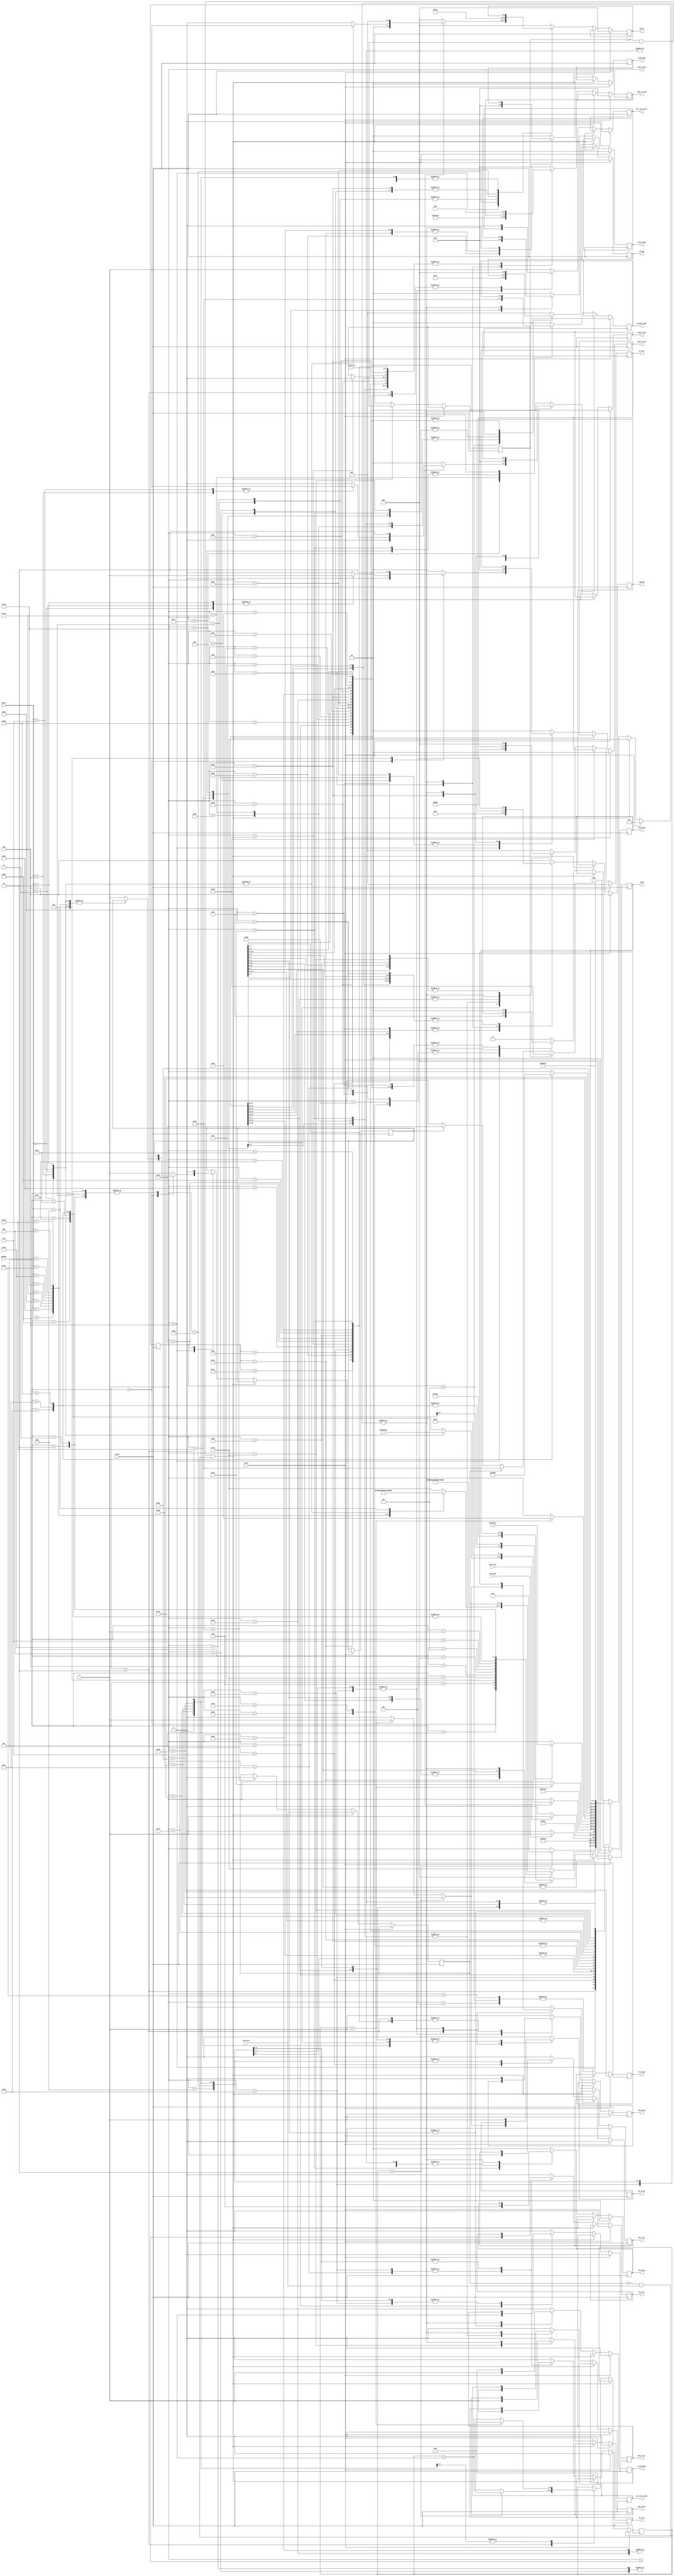
module controle (next_state, clock, reset, div_zero, overflow, mult_ctrl, div_ctrl, ir_write, reg_write, alu_out_write, write_mem, epc_write, pc_write, pc_write_cond, hi_ctrl, lo_ctrl, load_type, store_type, branch_type, alu_srca, alu_srcb, shift_srca, shift_srcb, alu_op, iord, pc_src, reg_dst, shift, mem_to_reg, mult_end, div_end, funct, opcode);

  input wire clock;
  input wire reset;
  input wire div_zero;
  input wire overflow;
  input wire mult_end;
  input wire div_end;

  input wire [5:0] funct;
  input wire [5:0] opcode;

  output reg mult_ctrl;
  output reg div_ctrl;
  output reg ir_write;
  output reg reg_write;
  output reg alu_out_write;
  output reg write_mem;
  output reg epc_write;
  output reg pc_write;
  output reg pc_write_cond;
  output reg hi_ctrl;
  output reg lo_ctrl;

  output reg [1:0] load_type;
  output reg [1:0] store_type;
  output reg [1:0] branch_type;
  output reg [1:0] alu_srca;
  output reg [1:0] alu_srcb;
  output reg [1:0] shift_srca;
  output reg [1:0] shift_srcb;

  output reg [2:0] alu_op;
  output reg [2:0] iord;
  output reg [2:0] pc_src;
  output reg [2:0] reg_dst;
  output reg [2:0] shift;

  output reg [3:0] mem_to_reg;

  reg opcode_inex;

  reg overflow_ctrl;
  reg div_zero_ctrl;
  reg [5:0] wait_counter;
  output reg [5:0] next_state;

  //next_state
  parameter RESET = 6'h0;
  parameter FETCH = 6'h1;
  parameter FETCH_WAIT = 6'h2;
  parameter DECODE = 6'h4;

  parameter ADD = 6'h5;
  parameter AND = 6'h6;
  parameter DIV = 6'h7;
  parameter MULT = 6'h8;
  parameter JR = 6'h9;
  parameter MFHI = 6'hA;
  parameter MFLO = 6'hB;
  parameter SLL = 6'hC;
  parameter SLLV = 6'hD;
  parameter SLT = 6'hE;
  parameter SRA = 6'hF;
  parameter SRAV = 6'h10;
  parameter SRL = 6'h11;
  parameter SUB = 6'h12;
  parameter BREAK = 6'h13;
  parameter RTE = 6'h14;

  parameter ADDI = 6'h15;
  parameter ADDIU = 6'h16;
  parameter BEQ = 6'h17;
  parameter BNE = 6'h18;
  parameter BLE = 6'h19;
  parameter BGT = 6'h1A;
  parameter BEQM = 6'h1B;
  parameter LB = 6'h1C;
  parameter LH = 6'h1D;
  parameter LUI = 6'h1E;
  parameter LW = 6'h1F;
  parameter SB = 6'h20;
  parameter SH = 6'h21;
  parameter SLTI = 6'h22;
  parameter SW = 6'h23;
  parameter J = 6'h24;
  parameter JAL = 6'h25;

  parameter ALU_EXECUTE = 6'h26;
  parameter IMEDIATE_END = 6'h27;
  parameter DIV_WAIT = 6'h28;
  parameter DIV_END = 6'h29;
  parameter MULT_WAIT = 6'h2A;
  parameter MULT_END = 6'h2B;
  parameter SHIFT_END = 6'h2C;
  parameter SLT_2 = 6'h2D;
  parameter SLTI_2 = 6'h2E;
  parameter BEQM_WAIT = 6'h2F;
  parameter BEQM_END = 6'h30;
  parameter LOAD_WAIT = 6'h31;
  parameter LOAD_END = 6'h32;
  parameter STORE_WAIT = 6'h33;
  parameter EXCEPTION = 6'h34;
  parameter OVERFLOW = 6'h35;
  parameter DIV_ZERO = 6'h36;
  parameter OPCODE_INEX = 6'h37;
  parameter EXCEPTION_WAIT = 6'h38;
  parameter EXCEPTION_END = 6'h39;
  parameter SHIFT_INIT = 6'h3A;
  parameter LOAD_STORE_INIT = 6'h3B;
  parameter LOAD_BEFORE_STORE = 6'h3C;
  parameter LOAD_BEFORE_STORE_WAIT = 6'h3D;
  parameter LUI_END = 6'h3E;

  //OPCODE
  parameter OPCODE_R = 6'h0;
  parameter OPCODE_ADDI = 6'h8;
  parameter OPCODE_ADDIU = 6'h9;
  parameter OPCODE_BEQ = 6'h4;
  parameter OPCODE_BNE = 6'h5;
  parameter OPCODE_BLE = 6'h6;
  parameter OPCODE_BGT = 6'h7;
  parameter OPCODE_BEQM = 6'h1;
  parameter OPCODE_LB = 6'h20;
  parameter OPCODE_LH = 6'h21;
  parameter OPCODE_LUI = 6'hf;
  parameter OPCODE_LW = 6'h23;
  parameter OPCODE_SB = 6'h28;
  parameter OPCODE_SH = 6'h29;
  parameter OPCODE_SLTI = 6'ha;
  parameter OPCODE_SW = 6'h2b;
  parameter OPCODE_J = 6'h2;
  parameter OPCODE_JAL = 6'h3;

  //FUNCT
  parameter FUNCT_ADD = 6'h20;
  parameter FUNCT_AND = 6'h24;
  parameter FUNCT_DIV = 6'h1a;
  parameter FUNCT_MULT = 6'h18;
  parameter FUNCT_JR = 6'h8;
  parameter FUNCT_MFHI = 6'h10;
  parameter FUNCT_MFLO = 6'h12;
  parameter FUNCT_SLL = 6'h0;
  parameter FUNCT_SLLV = 6'h4;
  parameter FUNCT_SLT = 6'h2a;
  parameter FUNCT_SRA = 6'h3;
  parameter FUNCT_SRAV = 6'h7;
  parameter FUNCT_SRL = 6'h2;
  parameter FUNCT_SUB = 6'h22;
  parameter FUNCT_BREAK = 6'hd;
  parameter FUNCT_RTE = 6'h13;

  always @ (posedge clock)
    begin: control
      if (reset == 1'b1) begin
        iord <= 1'b0;
        write_mem <= 1'b0;
        ir_write <= 1'b0;
        alu_srca <= 2'b00;
        alu_srcb <= 2'b00;
        alu_op <= 3'b000;
        pc_src <= 3'b001;

        pc_write <= 1'b0;
        mult_ctrl <= 1'b0;
        div_ctrl <= 1'b0;
        reg_write <= 1'b0;
        epc_write <= 1'b0;
        pc_write_cond <= 1'b0;
        hi_ctrl <= 1'b0;
        lo_ctrl <= 1'b0;
        load_type <= 2'b0;
        store_type <= 2'b0;
        branch_type <= 2'b0;
        shift_srca <= 2'b0;
        shift_srcb <= 2'b0;
        reg_dst <= 3'b0;
        shift <= 3'b0;
        mem_to_reg <= 4'b0;
        alu_out_write <=1'b0;
        
        reg_dst <= 3'b100;
        mem_to_reg <= 4'b0110;
        reg_write <= 1'b1;
        next_state <= FETCH;
      end
      else if (overflow_ctrl == 1'b0 && overflow == 1'b1 || div_zero_ctrl == 1'b0 && div_zero == 1'b1) begin
        div_zero_ctrl <= div_zero;
        overflow_ctrl <= overflow;
        next_state <= EXCEPTION;
      end 
      else begin
         case (next_state)

        FETCH: begin
          iord <= 1'b0;
          write_mem <= 1'b0;
          ir_write <= 1'b0;
          alu_srca <= 2'b00;
          alu_srcb <= 2'b01;
          alu_op <= 3'b001;
          pc_src <= 3'b001;
          pc_write <= 1'b0;
          mult_ctrl <= 1'b0;
          div_ctrl <= 1'b0;
          reg_write <= 1'b0;
          epc_write <= 1'b0;
          pc_write_cond <= 1'b0;
          hi_ctrl <= 1'b0;
          lo_ctrl <= 1'b0;
          load_type <= 2'b0;
          store_type <= 2'b0;
          branch_type <= 2'b0;
          shift_srca <= 2'b0;
          shift_srcb <= 2'b0;
          reg_dst <= 3'b0;
          shift <= 3'b0;
          mem_to_reg <= 4'b0;
          alu_out_write <=1'b1;
          next_state <= FETCH_WAIT;
        end

        FETCH_WAIT: begin
          pc_write <= 1'b0;
          reg_write <= 1'b0;
          ir_write <= 1'b0;
          alu_out_write <=1'b0;
          
          if(wait_counter==6'd2)begin
            wait_counter=6'd0;
            next_state <= DECODE;
          end 
          else if (wait_counter==6'd1) begin
            ir_write <= 1'b1;
            pc_write <= 1'b1;
            wait_counter <= wait_counter +1;
          end
          else begin
            wait_counter <= wait_counter + 1;
          end  
        end

        DECODE: begin
          iord <= 1'b0;
          write_mem <= 1'b0;
          ir_write <= 1'b0;
          alu_srca <= 2'b00;
          alu_srcb <= 2'b00;
          alu_op <= 3'b000;
          pc_src <= 3'b001;

          pc_write <= 1'b0;
          mult_ctrl <= 1'b0;
          div_ctrl <= 1'b0;
          reg_write <= 1'b0;
          epc_write <= 1'b0;
          pc_write_cond <= 1'b0;
          hi_ctrl <= 1'b0;
          lo_ctrl <= 1'b0;
          load_type <= 2'b0;
          store_type <= 2'b0;
          branch_type <= 2'b0;
          shift_srca <= 2'b0;
          shift_srcb <= 2'b0;
          reg_dst <= 3'b0;
          shift <= 3'b0;
          mem_to_reg <= 4'b0;
          alu_out_write <=1'b0;

          alu_srca <= 2'b00;
          alu_srcb <= 2'b11;
          alu_op <= 3'b001;
          alu_out_write <=1'b1;
          
          case (opcode)
            //R type instructions opcode
            OPCODE_R: begin
              case (funct)
                FUNCT_ADD: begin
                  next_state <= ADD;
                end

                FUNCT_AND: begin
                  next_state <= AND;
                end

                FUNCT_SUB: begin
                  next_state <= SUB;
                end

                FUNCT_DIV: begin
                  next_state <= DIV;
                end

                FUNCT_MULT: begin
                  next_state <= MULT;
                end

                FUNCT_MFHI: begin
                  next_state <= MFHI;
                end

                FUNCT_MFLO: begin
                  next_state <= MFLO;
                end

                FUNCT_JR: begin
                  next_state <= JR;
                end

                FUNCT_BREAK: begin
                  next_state <= BREAK;
                end

                FUNCT_RTE: begin
                  next_state <= RTE;
                end

                FUNCT_SLL: begin
                  shift_srca <= 2'b01;
                  shift_srcb <= 2'b00;
                  shift <= 001;
                  next_state <= SHIFT_INIT;
                end

                FUNCT_SLLV: begin
                  shift_srca <= 2'b00;
                  shift_srcb <= 2'b01;
                  shift <= 001;
                  next_state <= SHIFT_INIT;
                end

                FUNCT_SRA: begin
                  next_state <= SHIFT_INIT;
                  shift_srca <= 2'b01;
                  shift_srcb <= 2'b00;
                  shift <= 001;
                end

                FUNCT_SRAV: begin
                  shift_srca <= 2'b00;
                  shift_srcb <= 2'b01;
                  shift <= 001;
                  next_state <= SHIFT_INIT;
                end

                FUNCT_SRL: begin
                  shift_srca <= 2'b01;
                  shift_srcb <= 2'b00;
                  shift <= 001;
                  next_state <= SHIFT_INIT;
                end

                FUNCT_SLT: begin
                  next_state <= SLT;
                end

                default: begin
                  opcode_inex <= 1'b1;
                  next_state <= EXCEPTION;
                end

              endcase
            end

            // I type instructions opcode
            OPCODE_ADDI: begin
              next_state <= ADDI;
            end

            OPCODE_ADDIU: begin
              next_state <= ADDIU;
            end

            OPCODE_LUI: begin
              shift_srca <= 2'b10;
              shift_srcb <= 2'b10;
              shift <= 001;
              next_state <= SHIFT_INIT;
            end

            OPCODE_SLTI: begin
              next_state <= SLTI;
            end

            OPCODE_BEQ: begin
              next_state <= BEQ;
            end

            OPCODE_BNE: begin
              next_state <= BNE;
            end

            OPCODE_BLE: begin
              next_state <= BLE;
            end

            OPCODE_BGT: begin
              next_state <= BGT;
            end

            OPCODE_BEQM: begin
              next_state <= BEQM;
            end

            OPCODE_LB: begin
              next_state <= LOAD_STORE_INIT;
            end

            OPCODE_LH: begin
              next_state <= LOAD_STORE_INIT;
            end

            OPCODE_LW: begin
              next_state <= LOAD_STORE_INIT;
            end

            OPCODE_SB: begin
              next_state <= LOAD_STORE_INIT;
            end

            OPCODE_SH: begin
              next_state <= LOAD_STORE_INIT;
            end

            OPCODE_SW: begin
              next_state <= LOAD_STORE_INIT;
            end

            //J type instructions opcode
            OPCODE_J: begin
              next_state <= J;
            end

            OPCODE_JAL: begin
              next_state <= JAL;
            end

            default: begin
              opcode_inex <= 1'b1;
              next_state <= EXCEPTION;
            end

          endcase
        end

        // R type instructions execute
        ADD: begin
          iord <= 1'b0;
          write_mem <= 1'b0;
          ir_write <= 1'b0;
          alu_srca <= 2'b00;
          alu_srcb <= 2'b00;
          alu_op <= 3'b000;
          pc_src <= 3'b001;

          pc_write <= 1'b0;
          mult_ctrl <= 1'b0;
          div_ctrl <= 1'b0;
          reg_write <= 1'b0;
          epc_write <= 1'b0;
          pc_write_cond <= 1'b0;
          hi_ctrl <= 1'b0;
          lo_ctrl <= 1'b0;
          load_type <= 2'b0;
          store_type <= 2'b0;
          branch_type <= 2'b0;
          shift_srca <= 2'b0;
          shift_srcb <= 2'b0;
          reg_dst <= 3'b0;
          shift <= 3'b0;
          mem_to_reg <= 4'b0;
          alu_out_write <=1'b0;

          alu_srca <= 2'b01;
          alu_srcb <= 2'b00;
          alu_op <= 3'b001;
          alu_out_write <=1'b1;
          next_state <= ALU_EXECUTE;
        end

        AND: begin
          iord <= 1'b0;
          write_mem <= 1'b0;
          ir_write <= 1'b0;
          alu_srca <= 2'b00;
          alu_srcb <= 2'b00;
          alu_op <= 3'b000;
          pc_src <= 3'b001;

          pc_write <= 1'b0;
          mult_ctrl <= 1'b0;
          div_ctrl <= 1'b0;
          reg_write <= 1'b0;
          epc_write <= 1'b0;
          pc_write_cond <= 1'b0;
          hi_ctrl <= 1'b0;
          lo_ctrl <= 1'b0;
          load_type <= 2'b0;
          store_type <= 2'b0;
          branch_type <= 2'b0;
          shift_srca <= 2'b0;
          shift_srcb <= 2'b0;
          reg_dst <= 3'b0;
          shift <= 3'b0;
          mem_to_reg <= 4'b0;
          alu_out_write <=1'b0;


          alu_srca <= 2'b01;
          alu_srcb <= 2'b00;
          alu_op <= 3'b011;
          alu_out_write <=1'b1;
          next_state <= ALU_EXECUTE;
        end

        SUB: begin
          iord <= 1'b0;
          write_mem <= 1'b0;
          ir_write <= 1'b0;
          alu_srca <= 2'b00;
          alu_srcb <= 2'b00;
          alu_op <= 3'b000;
          pc_src <= 3'b001;

          pc_write <= 1'b0;
          mult_ctrl <= 1'b0;
          div_ctrl <= 1'b0;
          reg_write <= 1'b0;
          epc_write <= 1'b0;
          pc_write_cond <= 1'b0;
          hi_ctrl <= 1'b0;
          lo_ctrl <= 1'b0;
          load_type <= 2'b0;
          store_type <= 2'b0;
          branch_type <= 2'b0;
          shift_srca <= 2'b0;
          shift_srcb <= 2'b0;
          reg_dst <= 3'b0;
          shift <= 3'b0;
          mem_to_reg <= 4'b0;
          alu_out_write <=1'b0;

          alu_srca <= 2'b01;
          alu_srcb <= 2'b00;
          alu_op <= 3'b010;
          alu_out_write <=1'b1;
          next_state <= ALU_EXECUTE;
        end

        ALU_EXECUTE: begin
          iord <= 1'b0;
          write_mem <= 1'b0;
          ir_write <= 1'b0;
          alu_srca <= 2'b00;
          alu_srcb <= 2'b00;
          alu_op <= 3'b000;
          pc_src <= 3'b001;

          pc_write <= 1'b0;
          mult_ctrl <= 1'b0;
          div_ctrl <= 1'b0;
          reg_write <= 1'b0;
          epc_write <= 1'b0;
          pc_write_cond <= 1'b0;
          hi_ctrl <= 1'b0;
          lo_ctrl <= 1'b0;
          load_type <= 2'b0;
          store_type <= 2'b0;
          branch_type <= 2'b0;
          shift_srca <= 2'b0;
          shift_srcb <= 2'b0;
          reg_dst <= 3'b0;
          shift <= 3'b0;
          mem_to_reg <= 4'b0;
          alu_out_write <=1'b0;

          mem_to_reg <= 4'b0000;
          reg_write <= 1'b1;
          reg_dst <= 3'b001;
          next_state <= FETCH;
        end

        DIV: begin
          iord <= 1'b0;
          write_mem <= 1'b0;
          ir_write <= 1'b0;
          alu_srca <= 2'b00;
          alu_srcb <= 2'b00;
          alu_op <= 3'b000;
          pc_src <= 3'b001;

          pc_write <= 1'b0;
          mult_ctrl <= 1'b0;
          div_ctrl <= 1'b0;
          reg_write <= 1'b0;
          epc_write <= 1'b0;
          pc_write_cond <= 1'b0;
          hi_ctrl <= 1'b0;
          lo_ctrl <= 1'b0;
          load_type <= 2'b0;
          store_type <= 2'b0;
          branch_type <= 2'b0;
          shift_srca <= 2'b0;
          shift_srcb <= 2'b0;
          reg_dst <= 3'b0;
          shift <= 3'b0;
          mem_to_reg <= 4'b0;
          alu_out_write <=1'b0;

          div_ctrl <= 1'b1;
          next_state <= DIV_WAIT;
        end

        DIV_WAIT: begin
          div_ctrl <= 1'b0;
          hi_ctrl <= 1'b1;
          lo_ctrl <= 1'b1;
          if (div_end == 1'b1) begin
            next_state <= DIV_END;
          end else begin
            next_state <= DIV_WAIT;
          end
        end

        DIV_END: begin
          iord <= 1'b0;
          write_mem <= 1'b0;
          ir_write <= 1'b0;
          alu_srca <= 2'b00;
          alu_srcb <= 2'b00;
          alu_op <= 3'b000;
          pc_src <= 3'b001;

          pc_write <= 1'b0;
          mult_ctrl <= 1'b0;
          div_ctrl <= 1'b0;
          reg_write <= 1'b0;
          epc_write <= 1'b0;
          pc_write_cond <= 1'b0;
          hi_ctrl <= 1'b0;
          lo_ctrl <= 1'b0;
          load_type <= 2'b0;
          store_type <= 2'b0;
          branch_type <= 2'b0;
          shift_srca <= 2'b0;
          shift_srcb <= 2'b0;
          reg_dst <= 3'b0;
          shift <= 3'b0;
          mem_to_reg <= 4'b0;
          alu_out_write <=1'b0;

          hi_ctrl <= 1'b1;
          lo_ctrl <= 1'b1;
          next_state <= FETCH;
        end

        MULT: begin
          iord <= 1'b0;
          write_mem <= 1'b0;
          ir_write <= 1'b0;
          alu_srca <= 2'b00;
          alu_srcb <= 2'b00;
          alu_op <= 3'b000;
          pc_src <= 3'b001;

          pc_write <= 1'b0;
          mult_ctrl <= 1'b0;
          div_ctrl <= 1'b0;
          reg_write <= 1'b0;
          epc_write <= 1'b0;
          pc_write_cond <= 1'b0;
          hi_ctrl <= 1'b0;
          lo_ctrl <= 1'b0;
          load_type <= 2'b0;
          store_type <= 2'b0;
          branch_type <= 2'b0;
          shift_srca <= 2'b0;
          shift_srcb <= 2'b0;
          reg_dst <= 3'b0;
          shift <= 3'b0;
          mem_to_reg <= 4'b0;
          alu_out_write <=1'b0;

          mult_ctrl <= 1'b1;
          next_state <= MULT_WAIT;
        end

        MULT_WAIT: begin
          mult_ctrl <= 1'b0;
          hi_ctrl <= 1'b0;
          lo_ctrl <= 1'b0;
          if (mult_end == 1'b1) begin
            next_state <= MULT_END;
          end else begin
            next_state <= MULT_WAIT;
          end
        end

        MULT_END: begin
          iord <= 1'b0;
          write_mem <= 1'b0;
          ir_write <= 1'b0;
          alu_srca <= 2'b00;
          alu_srcb <= 2'b00;
          alu_op <= 3'b000;
          pc_src <= 3'b001;

          pc_write <= 1'b0;
          mult_ctrl <= 1'b0;
          div_ctrl <= 1'b0;
          reg_write <= 1'b0;
          epc_write <= 1'b0;
          pc_write_cond <= 1'b0;
          hi_ctrl <= 1'b0;
          lo_ctrl <= 1'b0;
          load_type <= 2'b0;
          store_type <= 2'b0;
          branch_type <= 2'b0;
          shift_srca <= 2'b0;
          shift_srcb <= 2'b0;
          reg_dst <= 3'b0;
          shift <= 3'b0;
          mem_to_reg <= 4'b0;
          alu_out_write <=1'b0;

          hi_ctrl <= 1'b0;
          lo_ctrl <= 1'b0;
          next_state <= FETCH;
        end

        MFHI: begin
          iord <= 1'b0;
          write_mem <= 1'b0;
          ir_write <= 1'b0;
          alu_srca <= 2'b00;
          alu_srcb <= 2'b00;
          alu_op <= 3'b000;
          pc_src <= 3'b001;

          pc_write <= 1'b0;
          mult_ctrl <= 1'b0;
          div_ctrl <= 1'b0;
          reg_write <= 1'b0;
          epc_write <= 1'b0;
          pc_write_cond <= 1'b0;
          hi_ctrl <= 1'b0;
          lo_ctrl <= 1'b0;
          load_type <= 2'b0;
          store_type <= 2'b0;
          branch_type <= 2'b0;
          shift_srca <= 2'b0;
          shift_srcb <= 2'b0;
          reg_dst <= 3'b0;
          shift <= 3'b0;
          mem_to_reg <= 4'b0;
          alu_out_write <=1'b0;

          reg_dst <= 3'b001;
          mem_to_reg <= 4'b0100;
          reg_write <= 1'b1;
          next_state <= FETCH;
        end

        MFLO: begin
          iord <= 1'b0;
          write_mem <= 1'b0;
          ir_write <= 1'b0;
          alu_srca <= 2'b00;
          alu_srcb <= 2'b00;
          alu_op <= 3'b000;
          pc_src <= 3'b001;

          pc_write <= 1'b0;
          mult_ctrl <= 1'b0;
          div_ctrl <= 1'b0;
          reg_write <= 1'b0;
          epc_write <= 1'b0;
          pc_write_cond <= 1'b0;
          hi_ctrl <= 1'b0;
          lo_ctrl <= 1'b0;
          load_type <= 2'b0;
          store_type <= 2'b0;
          branch_type <= 2'b0;
          shift_srca <= 2'b0;
          shift_srcb <= 2'b0;
          reg_dst <= 3'b0;
          shift <= 3'b0;
          mem_to_reg <= 4'b0;
          alu_out_write <=1'b0;

          reg_dst <= 3'b001;
          mem_to_reg <= 4'b0101;
          reg_write <= 1'b1;
          next_state <= FETCH;
        end

        JR: begin
          iord <= 1'b0;
          write_mem <= 1'b0;
          ir_write <= 1'b0;
          alu_srca <= 2'b00;
          alu_srcb <= 2'b00;
          alu_op <= 3'b000;
          pc_src <= 3'b001;

          pc_write <= 1'b0;
          mult_ctrl <= 1'b0;
          div_ctrl <= 1'b0;
          reg_write <= 1'b0;
          epc_write <= 1'b0;
          pc_write_cond <= 1'b0;
          hi_ctrl <= 1'b0;
          lo_ctrl <= 1'b0;
          load_type <= 2'b0;
          store_type <= 2'b0;
          branch_type <= 2'b0;
          shift_srca <= 2'b0;
          shift_srcb <= 2'b0;
          reg_dst <= 3'b0;
          shift <= 3'b0;
          mem_to_reg <= 4'b0;
          alu_out_write <=1'b0;

          pc_src <= 3'b100;
          pc_write <= 1'b1;
          next_state <= FETCH;
        end

        BREAK: begin
          iord <= 1'b0;
          write_mem <= 1'b0;
          ir_write <= 1'b0;
          alu_srca <= 2'b00;
          alu_srcb <= 2'b00;
          alu_op <= 3'b000;
          pc_src <= 3'b001;

          pc_write <= 1'b0;
          mult_ctrl <= 1'b0;
          div_ctrl <= 1'b0;
          reg_write <= 1'b0;
          epc_write <= 1'b0;
          pc_write_cond <= 1'b0;
          hi_ctrl <= 1'b0;
          lo_ctrl <= 1'b0;
          load_type <= 2'b0;
          store_type <= 2'b0;
          branch_type <= 2'b0;
          shift_srca <= 2'b0;
          shift_srcb <= 2'b0;
          reg_dst <= 3'b0;
          shift <= 3'b0;
          mem_to_reg <= 4'b0;
          alu_out_write <=1'b0;

          alu_srca <= 2'b00;
          alu_srcb <= 2'b01;
          alu_op <= 3'b010;
          pc_src <= 3'b001;
          pc_write <= 1'b1;
          alu_out_write <=1'b1;
          next_state <= FETCH;
        end

        RTE: begin
          iord <= 1'b0;
          write_mem <= 1'b0;
          ir_write <= 1'b0;
          alu_srca <= 2'b00;
          alu_srcb <= 2'b00;
          alu_op <= 3'b000;
          pc_src <= 3'b001;

          pc_write <= 1'b0;
          mult_ctrl <= 1'b0;
          div_ctrl <= 1'b0;
          reg_write <= 1'b0;
          epc_write <= 1'b0;
          pc_write_cond <= 1'b0;
          hi_ctrl <= 1'b0;
          lo_ctrl <= 1'b0;
          load_type <= 2'b0;
          store_type <= 2'b0;
          branch_type <= 2'b0;
          shift_srca <= 2'b0;
          shift_srcb <= 2'b0;
          reg_dst <= 3'b0;
          shift <= 3'b0;
          mem_to_reg <= 4'b0;
          alu_out_write <=1'b0;

          pc_src <= 3'b010;
          pc_write <= 1'b1;
          next_state <= FETCH;
        end

        SHIFT_INIT: begin
          shift <= 3'b001;

          case(opcode)
            OPCODE_R: begin
              case (funct) 
                FUNCT_SLL: begin
                  next_state <= SLL;
                end

                FUNCT_SLLV: begin
                  next_state <= SLLV;
                end

                FUNCT_SRA: begin
                  next_state <= SRA;
                end

                FUNCT_SRAV: begin
                  next_state <= SRAV;
                end

                FUNCT_SRL: begin
                  next_state <= SRL;
                end
              endcase 
            end

            OPCODE_LUI:begin
              next_state <= LUI;
            end

          endcase
          
        end

        SLL: begin
          iord <= 1'b0;
          write_mem <= 1'b0;
          ir_write <= 1'b0;
          alu_srca <= 2'b00;
          alu_srcb <= 2'b00;
          alu_op <= 3'b000;
          pc_src <= 3'b001;

          pc_write <= 1'b0;
          mult_ctrl <= 1'b0;
          div_ctrl <= 1'b0;
          reg_write <= 1'b0;
          epc_write <= 1'b0;
          pc_write_cond <= 1'b0;
          hi_ctrl <= 1'b0;
          lo_ctrl <= 1'b0;
          load_type <= 2'b0;
          store_type <= 2'b0;
          branch_type <= 2'b0;
          shift_srca <= 2'b0;
          shift_srcb <= 2'b0;
          reg_dst <= 3'b0;
          shift <= 3'b0;
          mem_to_reg <= 4'b0;
          alu_out_write <=1'b0;

          shift_srca <= 2'b01;
          shift_srcb <= 2'b00;
          shift <= 3'b010;
          next_state <= SHIFT_END;
        end

        SLLV: begin
          iord <= 1'b0;
          write_mem <= 1'b0;
          ir_write <= 1'b0;
          alu_srca <= 2'b0;
          alu_srcb <= 2'b0;
          alu_op <= 3'b0;
          pc_src <= 3'b0;
          pc_write <= 1'b0;
          mult_ctrl <= 1'b0;
          div_ctrl <= 1'b0;
          reg_write <= 1'b0;
          epc_write <= 1'b0;
          pc_write_cond <= 1'b0;
          hi_ctrl <= 1'b0;
          lo_ctrl <= 1'b0;
          load_type <= 2'b0;
          store_type <= 2'b0;
          branch_type <= 2'b0;
          reg_dst <= 3'b0;
          mem_to_reg <= 4'b0;
          shift_srca <= 2'b0;
          shift_srcb <= 2'b0;
          shift <= 3'b0;
          alu_out_write <=1'b0;

          shift_srca <= 2'b00;
          shift_srcb <= 2'b01;
          shift <= 3'b010;
          next_state <= SHIFT_END;
        end

        SRA: begin
          iord <= 1'b0;
          write_mem <= 1'b0;
          ir_write <= 1'b0;
          alu_srca <= 2'b0;
          alu_srcb <= 2'b0;
          alu_op <= 3'b0;
          pc_src <= 3'b0;
          pc_write <= 1'b0;
          mult_ctrl <= 1'b0;
          div_ctrl <= 1'b0;
          reg_write <= 1'b0;
          epc_write <= 1'b0;
          pc_write_cond <= 1'b0;
          hi_ctrl <= 1'b0;
          lo_ctrl <= 1'b0;
          load_type <= 2'b0;
          store_type <= 2'b0;
          branch_type <= 2'b0;
          reg_dst <= 3'b0;
          mem_to_reg <= 4'b0;
          shift_srca <= 2'b0;
          shift_srcb <= 2'b0;
          shift <= 3'b0;
          alu_out_write <=1'b0;

          shift_srca <= 2'b01;
          shift_srcb <= 2'b00;
          shift <= 3'b100;
          next_state <= SHIFT_END;
        end

        SRAV: begin
          iord <= 1'b0;
          write_mem <= 1'b0;
          ir_write <= 1'b0;
          alu_srca <= 2'b0;
          alu_srcb <= 2'b0;
          alu_op <= 3'b0;
          pc_src <= 3'b0;
          pc_write <= 1'b0;
          mult_ctrl <= 1'b0;
          div_ctrl <= 1'b0;
          reg_write <= 1'b0;
          epc_write <= 1'b0;
          pc_write_cond <= 1'b0;
          hi_ctrl <= 1'b0;
          lo_ctrl <= 1'b0;
          load_type <= 2'b0;
          store_type <= 2'b0;
          branch_type <= 2'b0;
          reg_dst <= 3'b0;
          mem_to_reg <= 4'b0;
          shift_srca <= 2'b0;
          shift_srcb <= 2'b0;
          shift <= 3'b0;
          alu_out_write <=1'b0;

          shift_srca <= 2'b00;
          shift_srcb <= 2'b01;
          shift <= 3'b100;
          next_state <= SHIFT_END;
        end

        SRL: begin
          iord <= 1'b0;
          write_mem <= 1'b0;
          ir_write <= 1'b0;
          alu_srca <= 2'b0;
          alu_srcb <= 2'b0;
          alu_op <= 3'b0;
          pc_src <= 3'b0;
          pc_write <= 1'b0;
          mult_ctrl <= 1'b0;
          div_ctrl <= 1'b0;
          reg_write <= 1'b0;
          epc_write <= 1'b0;
          pc_write_cond <= 1'b0;
          hi_ctrl <= 1'b0;
          lo_ctrl <= 1'b0;
          load_type <= 2'b0;
          store_type <= 2'b0;
          branch_type <= 2'b0;
          reg_dst <= 3'b0;
          mem_to_reg <= 4'b0;
          shift_srca <= 2'b0;
          shift_srcb <= 2'b0;
          shift <= 3'b0;
          alu_out_write <=1'b0;

          shift_srca <= 2'b01;
          shift_srcb <= 2'b00;
          shift <= 3'b011;
          next_state <= SHIFT_END;
        end

        SHIFT_END: begin
          iord <= 1'b0;
          write_mem <= 1'b0;
          ir_write <= 1'b0;
          alu_srca <= 2'b0;
          alu_srcb <= 2'b0;
          alu_op <= 3'b0;
          pc_src <= 3'b0;
          pc_write <= 1'b0;
          mult_ctrl <= 1'b0;
          div_ctrl <= 1'b0;
          reg_write <= 1'b0;
          epc_write <= 1'b0;
          pc_write_cond <= 1'b0;
          hi_ctrl <= 1'b0;
          lo_ctrl <= 1'b0;
          load_type <= 2'b0;
          store_type <= 2'b0;
          branch_type <= 2'b0;
          reg_dst <= 3'b0;
          mem_to_reg <= 4'b0;
          shift_srca <= 2'b0;
          shift_srcb <= 2'b0;
          shift <= 3'b0;
          alu_out_write <=1'b0;

          mem_to_reg <= 4'b1010;
          reg_dst <= 3'b01;
          reg_write <= 1'b1;
          next_state <= FETCH;
        end

        SLT: begin
          iord <= 1'b0;
          write_mem <= 1'b0;
          ir_write <= 1'b0;
          alu_srca <= 2'b0;
          alu_srcb <= 2'b0;
          alu_op <= 3'b0;
          pc_src <= 3'b0;
          pc_write <= 1'b0;
          mult_ctrl <= 1'b0;
          div_ctrl <= 1'b0;
          reg_write <= 1'b0;
          epc_write <= 1'b0;
          pc_write_cond <= 1'b0;
          hi_ctrl <= 1'b0;
          lo_ctrl <= 1'b0;
          load_type <= 2'b0;
          store_type <= 2'b0;
          branch_type <= 2'b0;
          reg_dst <= 3'b0;
          mem_to_reg <= 4'b0;
          shift_srca <= 2'b0;
          shift_srcb <= 2'b0;
          shift <= 3'b0;
          alu_out_write <=1'b0;

          alu_srca <= 2'b01;
          alu_srcb <= 2'b00;
          alu_op <= 3'b111;
          alu_out_write <=1'b1;
          mem_to_reg <= 4'b0011;
          reg_dst <= 3'b01;
          reg_write <= 1'b1;

          next_state <= FETCH;
        end

        //I type instructions execute
        ADDI: begin
          iord <= 1'b0;
          write_mem <= 1'b0;
          ir_write <= 1'b0;
          alu_srca <= 2'b00;
          alu_srcb <= 2'b00;
          alu_op <= 3'b000;
          pc_src <= 3'b001;

          pc_write <= 1'b0;
          mult_ctrl <= 1'b0;
          div_ctrl <= 1'b0;
          reg_write <= 1'b0;
          epc_write <= 1'b0;
          pc_write_cond <= 1'b0;
          hi_ctrl <= 1'b0;
          lo_ctrl <= 1'b0;
          load_type <= 2'b00;
          store_type <= 2'b00;
          branch_type <= 2'b00;
          shift_srca <= 2'b00;
          shift_srcb <= 2'b00;
          reg_dst <= 3'b000;
          shift <= 3'b000;
          mem_to_reg <= 4'b0000;
          alu_out_write <=1'b0;

          alu_srca <= 2'b01;
          alu_srcb <= 2'b10;
          alu_op <= 3'b001;
          alu_out_write <=1'b1;
          next_state <= IMEDIATE_END;
        end

        ADDIU: begin
          iord <= 1'b0;
          write_mem <= 1'b0;
          ir_write <= 1'b0;
          alu_srca <= 2'b00;
          alu_srcb <= 2'b00;
          alu_op <= 3'b000;
          pc_src <= 3'b001;

          pc_write <= 1'b0;
          mult_ctrl <= 1'b0;
          div_ctrl <= 1'b0;
          reg_write <= 1'b0;
          epc_write <= 1'b0;
          pc_write_cond <= 1'b0;
          hi_ctrl <= 1'b0;
          lo_ctrl <= 1'b0;
          load_type <= 2'b00;
          store_type <= 2'b00;
          branch_type <= 2'b00;
          shift_srca <= 2'b00;
          shift_srcb <= 2'b00;
          reg_dst <= 3'b000;
          shift <= 3'b000;
          mem_to_reg <= 4'b0000;
          alu_out_write <=1'b0;

          alu_srca <= 2'b01;
          alu_srcb <= 2'b10;
          alu_op <= 3'b001;
          alu_out_write <=1'b1;
          next_state <= IMEDIATE_END;
        end

        LUI: begin
          iord <= 1'b0;
          write_mem <= 1'b0;
          ir_write <= 1'b0;
          alu_srca <= 2'b00;
          alu_srcb <= 2'b00;
          alu_op <= 3'b000;
          pc_src <= 3'b001;

          pc_write <= 1'b0;
          mult_ctrl <= 1'b0;
          div_ctrl <= 1'b0;
          reg_write <= 1'b0;
          epc_write <= 1'b0;
          pc_write_cond <= 1'b0;
          hi_ctrl <= 1'b0;
          lo_ctrl <= 1'b0;
          load_type <= 2'b00;
          store_type <= 2'b00;
          branch_type <= 2'b00;
          shift_srca <= 2'b00;
          shift_srcb <= 2'b00;
          reg_dst <= 3'b000;
          shift <= 3'b000;
          mem_to_reg <= 4'b0000;
          alu_out_write <=1'b0;

          shift_srca <= 2'b10;
          shift_srcb <= 2'b10;
          shift <= 3'b010;
          next_state <= LUI_END;
        end

        LUI_END: begin
          iord <= 1'b0;
          write_mem <= 1'b0;
          ir_write <= 1'b0;
          alu_srca <= 2'b00;
          alu_srcb <= 2'b00;
          alu_op <= 3'b000;
          pc_src <= 3'b001;

          pc_write <= 1'b0;
          mult_ctrl <= 1'b0;
          div_ctrl <= 1'b0;
          reg_write <= 1'b0;
          epc_write <= 1'b0;
          pc_write_cond <= 1'b0;
          hi_ctrl <= 1'b0;
          lo_ctrl <= 1'b0;
          load_type <= 2'b00;
          store_type <= 2'b00;
          branch_type <= 2'b00;
          shift_srca <= 2'b00;
          shift_srcb <= 2'b00;
          reg_dst <= 3'b000;
          shift <= 3'b000;
          mem_to_reg <= 4'b0000;
          alu_out_write <=1'b0;

          mem_to_reg <= 4'b1010;
          reg_dst <= 3'b000;
          reg_write <= 1'b1;
          next_state <= FETCH;
        end

        IMEDIATE_END: begin
          iord <= 1'b0;
          write_mem <= 1'b0;
          ir_write <= 1'b0;
          alu_srca <= 2'b00;
          alu_srcb <= 2'b00;
          alu_op <= 3'b000;
          pc_src <= 3'b001;

          pc_write <= 1'b0;
          mult_ctrl <= 1'b0;
          div_ctrl <= 1'b0;
          reg_write <= 1'b0;
          epc_write <= 1'b0;
          pc_write_cond <= 1'b0;
          hi_ctrl <= 1'b0;
          lo_ctrl <= 1'b0;
          load_type <= 2'b00;
          store_type <= 2'b00;
          branch_type <= 2'b00;
          shift_srca <= 2'b00;
          shift_srcb <= 2'b00;
          reg_dst <= 3'b000;
          shift <= 3'b000;
          mem_to_reg <= 4'b0000;
          alu_out_write <=1'b0;

          mem_to_reg <= 4'b0000;
          reg_dst <= 3'b000;
          reg_write <= 1'b1;
          next_state <= FETCH;
        end

        SLTI: begin
          iord <= 1'b0;
          write_mem <= 1'b0;
          ir_write <= 1'b0;
          alu_srca <= 2'b00;
          alu_srcb <= 2'b00;
          alu_op <= 3'b000;
          pc_src <= 3'b001;

          pc_write <= 1'b0;
          mult_ctrl <= 1'b0;
          div_ctrl <= 1'b0;
          reg_write <= 1'b0;
          epc_write <= 1'b0;
          pc_write_cond <= 1'b0;
          hi_ctrl <= 1'b0;
          lo_ctrl <= 1'b0;
          load_type <= 2'b00;
          store_type <= 2'b00;
          branch_type <= 2'b00;
          shift_srca <= 2'b00;
          shift_srcb <= 2'b00;
          reg_dst <= 3'b000;
          shift <= 3'b000;
          mem_to_reg <= 4'b0000;
          alu_out_write <=1'b0;

          alu_srca <= 2'b01;
          alu_srcb <= 2'b10;
          alu_op <= 3'b111;
          alu_out_write <=1'b1;
          mem_to_reg <= 4'b0011;
          reg_dst <= 3'b000;
          reg_write <= 1'b1;
          next_state <= FETCH;
        end

        // SLTI_2: begin
        //   iord <= 1'b0;
        //   write_mem <= 1'b0;
        //   ir_write <= 1'b0;
        //   alu_srca <= 2'b00;
        //   alu_srcb <= 2'b00;
        //   alu_op <= 3'b000;
        //   pc_src <= 3'b001;

        //   pc_write <= 1'b0;
        //   mult_ctrl <= 1'b0;
        //   div_ctrl <= 1'b0;
        //   reg_write <= 1'b0;
        //   epc_write <= 1'b0;
        //   pc_write_cond <= 1'b0;
        //   hi_ctrl <= 1'b0;
        //   lo_ctrl <= 1'b0;
        //   load_type <= 2'b00;
        //   store_type <= 2'b00;
        //   branch_type <= 2'b00;
        //   shift_srca <= 2'b00;
        //   shift_srcb <= 2'b00;
        //   reg_dst <= 3'b000;
        //   shift <= 3'b000;
        //   mem_to_reg <= 4'b0000;
        //   alu_out_write <=1'b0;

        //   mem_to_reg <= 4'b0011;
        //   reg_dst <= 3'b000;
        //   reg_write <= 1'b1;
        //   next_state <= FETCH;
        // end

        BEQ: begin
          iord <= 1'b0;
          write_mem <= 1'b0;
          ir_write <= 1'b0;
          alu_srca <= 2'b00;
          alu_srcb <= 2'b00;
          alu_op <= 3'b000;
          pc_src <= 3'b001;

          pc_write <= 1'b0;
          mult_ctrl <= 1'b0;
          div_ctrl <= 1'b0;
          reg_write <= 1'b0;
          epc_write <= 1'b0;
          pc_write_cond <= 1'b0;
          hi_ctrl <= 1'b0;
          lo_ctrl <= 1'b0;
          load_type <= 2'b00;
          store_type <= 2'b00;
          branch_type <= 2'b00;
          shift_srca <= 2'b00;
          shift_srcb <= 2'b00;
          reg_dst <= 3'b000;
          shift <= 3'b000;
          mem_to_reg <= 4'b0000;
          alu_out_write <=1'b0;

          alu_srca <= 2'b01;
          alu_srcb <= 2'b00;
          alu_op <= 3'b010;
          alu_out_write <=1'b1;
          pc_src <= 3'b011;
          branch_type <= 2'b10;
          pc_write_cond <= 1'b1;
          next_state <= FETCH;
        end

        BNE: begin
          iord <= 1'b0;
          write_mem <= 1'b0;
          ir_write <= 1'b0;
          alu_srca <= 2'b00;
          alu_srcb <= 2'b00;
          alu_op <= 3'b000;
          pc_src <= 3'b001;

          pc_write <= 1'b0;
          mult_ctrl <= 1'b0;
          div_ctrl <= 1'b0;
          reg_write <= 1'b0;
          epc_write <= 1'b0;
          pc_write_cond <= 1'b0;
          hi_ctrl <= 1'b0;
          lo_ctrl <= 1'b0;
          load_type <= 2'b00;
          store_type <= 2'b00;
          branch_type <= 2'b00;
          shift_srca <= 2'b00;
          shift_srcb <= 2'b00;
          reg_dst <= 3'b000;
          shift <= 3'b000;
          mem_to_reg <= 4'b0000;
          alu_out_write <=1'b0;

          alu_srca <= 2'b01;
          alu_srcb <= 2'b00;
          alu_op <= 3'b010;
          alu_out_write <=1'b1;
          pc_src <= 3'b011;
          branch_type <= 2'b11;
          pc_write_cond <= 1'b1;
          next_state <= FETCH;
        end

        BLE: begin
          iord <= 1'b0;
          write_mem <= 1'b0;
          ir_write <= 1'b0;
          alu_srca <= 2'b00;
          alu_srcb <= 2'b00;
          alu_op <= 3'b000;
          pc_src <= 3'b001;

          pc_write <= 1'b0;
          mult_ctrl <= 1'b0;
          div_ctrl <= 1'b0;
          reg_write <= 1'b0;
          epc_write <= 1'b0;
          pc_write_cond <= 1'b0;
          hi_ctrl <= 1'b0;
          lo_ctrl <= 1'b0;
          load_type <= 2'b00;
          store_type <= 2'b00;
          branch_type <= 2'b00;
          shift_srca <= 2'b00;
          shift_srcb <= 2'b00;
          reg_dst <= 3'b000;
          shift <= 3'b000;
          mem_to_reg <= 4'b0000;
          alu_out_write <=1'b0;

          alu_srca <= 2'b01;
          alu_srcb <= 2'b00;
          alu_op <= 3'b111;
          alu_out_write <=1'b1;
          pc_src <= 3'b011;
          branch_type <= 2'b00;
          pc_write_cond <= 1'b1;
          next_state <= FETCH;
        end

        BGT: begin
          iord <= 1'b0;
          write_mem <= 1'b0;
          ir_write <= 1'b0;
          alu_srca <= 2'b00;
          alu_srcb <= 2'b00;
          alu_op <= 3'b000;
          pc_src <= 3'b001;

          pc_write <= 1'b0;
          mult_ctrl <= 1'b0;
          div_ctrl <= 1'b0;
          reg_write <= 1'b0;
          epc_write <= 1'b0;
          pc_write_cond <= 1'b0;
          hi_ctrl <= 1'b0;
          lo_ctrl <= 1'b0;
          load_type <= 2'b00;
          store_type <= 2'b00;
          branch_type <= 2'b00;
          shift_srca <= 2'b00;
          shift_srcb <= 2'b00;
          reg_dst <= 3'b000;
          shift <= 3'b000;
          mem_to_reg <= 4'b0000;
          alu_out_write <=1'b0;

          alu_srca <= 2'b01;
          alu_srcb <= 2'b00;
          alu_op <= 3'b111;
          alu_out_write <=1'b1;
          pc_src <= 3'b011;
          branch_type <= 2'b01;
          pc_write_cond <= 1'b1;
          next_state <= FETCH;
        end

        BEQM: begin
          iord <= 1'b0;
          write_mem <= 1'b0;
          ir_write <= 1'b0;
          alu_srca <= 2'b00;
          alu_srcb <= 2'b00;
          alu_op <= 3'b000;
          pc_src <= 3'b001;

          pc_write <= 1'b0;
          mult_ctrl <= 1'b0;
          div_ctrl <= 1'b0;
          reg_write <= 1'b0;
          epc_write <= 1'b0;
          pc_write_cond <= 1'b0;
          hi_ctrl <= 1'b0;
          lo_ctrl <= 1'b0;
          load_type <= 2'b00;
          store_type <= 2'b00;
          branch_type <= 2'b00;
          shift_srca <= 2'b00;
          shift_srcb <= 2'b00;
          reg_dst <= 3'b000;
          shift <= 3'b000;
          mem_to_reg <= 4'b0000;
          alu_out_write <=1'b0;

          iord <= 3'b001;
          write_mem <= 1'b0;
          load_type <= 2'b10;
          next_state <= BEQM_WAIT;
        end

        BEQM_WAIT: begin
          if (wait_counter==6'd1) begin
            next_state <= BEQM_END;
            wait_counter <=6'd0;
          end
          else begin
          wait_counter <= wait_counter + 1;
          end
        end

        BEQM_END: begin
          iord <= 1'b0;
          write_mem <= 1'b0;
          ir_write <= 1'b0;
          alu_srca <= 2'b00;
          alu_srcb <= 2'b00;
          alu_op <= 3'b000;
          pc_src <= 3'b001;

          pc_write <= 1'b0;
          mult_ctrl <= 1'b0;
          div_ctrl <= 1'b0;
          reg_write <= 1'b0;
          epc_write <= 1'b0;
          pc_write_cond <= 1'b0;
          hi_ctrl <= 1'b0;
          lo_ctrl <= 1'b0;
          load_type <= 2'b00;
          store_type <= 2'b00;
          branch_type <= 2'b00;
          shift_srca <= 2'b00;
          shift_srcb <= 2'b00;
          reg_dst <= 3'b000;
          shift <= 3'b000;
          mem_to_reg <= 4'b0000;
          alu_out_write <=1'b0;

          alu_srca <= 2'b10;
          alu_srcb <= 2'b00;
          alu_op <= 3'b010;
          alu_out_write <=1'b1;
          pc_src <= 3'b011;
          branch_type <= 2'b10;
          pc_write_cond <= 1'b1;
          next_state <= FETCH;
        end

        LOAD_STORE_INIT: begin
          iord <= 1'b0;
          write_mem <= 1'b0;
          ir_write <= 1'b0;
          alu_srca <= 2'b00;
          alu_srcb <= 2'b00;
          alu_op <= 3'b000;
          pc_src <= 3'b001;

          pc_write <= 1'b0;
          mult_ctrl <= 1'b0;
          div_ctrl <= 1'b0;
          reg_write <= 1'b0;
          epc_write <= 1'b0;
          pc_write_cond <= 1'b0;
          hi_ctrl <= 1'b0;
          lo_ctrl <= 1'b0;
          load_type <= 2'b00;
          store_type <= 2'b00;
          branch_type <= 2'b00;
          shift_srca <= 2'b00;
          shift_srcb <= 2'b00;
          reg_dst <= 3'b000;
          shift <= 3'b000;
          mem_to_reg <= 4'b0000;
          alu_out_write <=1'b0;

          alu_srca <= 2'b01;
          alu_srcb <= 2'b10;
          alu_op <= 3'b001;
          alu_out_write <=1'b1;

          case(opcode)
            OPCODE_LB: begin
              next_state <= LB;
            end
            OPCODE_LH: begin
              next_state <= LH;
            end
            OPCODE_LW: begin
              next_state <= LW;
            end

            OPCODE_SB: begin
              next_state <= LOAD_BEFORE_STORE;
            end
            OPCODE_SH: begin
              next_state <= LOAD_BEFORE_STORE;
            end
            OPCODE_SW: begin
              next_state <= LOAD_BEFORE_STORE;
            end

          endcase
        end

        LB: begin
          iord <= 1'b0;
          write_mem <= 1'b0;
          ir_write <= 1'b0;
          alu_srca <= 2'b00;
          alu_srcb <= 2'b00;
          alu_op <= 3'b000;
          pc_src <= 3'b001;

          pc_write <= 1'b0;
          mult_ctrl <= 1'b0;
          div_ctrl <= 1'b0;
          reg_write <= 1'b0;
          epc_write <= 1'b0;
          pc_write_cond <= 1'b0;
          hi_ctrl <= 1'b0;
          lo_ctrl <= 1'b0;
          load_type <= 2'b00;
          store_type <= 2'b00;
          branch_type <= 2'b00;
          shift_srca <= 2'b00;
          shift_srcb <= 2'b00;
          reg_dst <= 3'b000;
          shift <= 3'b000;
          mem_to_reg <= 4'b0000;
          alu_out_write <=1'b0;

          iord <= 3'b101;
          write_mem <= 1'b0;
          load_type <= 2'b00;
          next_state <= LOAD_WAIT;
        end

        LH: begin
          iord <= 1'b0;
          write_mem <= 1'b0;
          ir_write <= 1'b0;
          alu_srca <= 2'b00;
          alu_srcb <= 2'b00;
          alu_op <= 3'b000;
          pc_src <= 3'b001;

          pc_write <= 1'b0;
          mult_ctrl <= 1'b0;
          div_ctrl <= 1'b0;
          reg_write <= 1'b0;
          epc_write <= 1'b0;
          pc_write_cond <= 1'b0;
          hi_ctrl <= 1'b0;
          lo_ctrl <= 1'b0;
          load_type <= 2'b00;
          store_type <= 2'b00;
          branch_type <= 2'b00;
          shift_srca <= 2'b00;
          shift_srcb <= 2'b00;
          reg_dst <= 3'b000;
          shift <= 3'b000;
          mem_to_reg <= 4'b0000;
          alu_out_write <=1'b0;

          iord <= 3'b101;
          write_mem <= 1'b0;
          load_type <= 2'b01;
          next_state <= LOAD_WAIT;
        end

        LW: begin
          iord <= 1'b0;
          write_mem <= 1'b0;
          ir_write <= 1'b0;
          alu_srca <= 2'b00;
          alu_srcb <= 2'b00;
          alu_op <= 3'b000;
          pc_src <= 3'b001;

          pc_write <= 1'b0;
          mult_ctrl <= 1'b0;
          div_ctrl <= 1'b0;
          reg_write <= 1'b0;
          epc_write <= 1'b0;
          pc_write_cond <= 1'b0;
          hi_ctrl <= 1'b0;
          lo_ctrl <= 1'b0;
          load_type <= 2'b00;
          store_type <= 2'b00;
          branch_type <= 2'b00;
          shift_srca <= 2'b00;
          shift_srcb <= 2'b00;
          reg_dst <= 3'b000;
          shift <= 3'b000;
          mem_to_reg <= 4'b0000;
          alu_out_write <=1'b0;

          iord <= 3'b101;
          write_mem <= 1'b0;
          load_type <= 2'b10;
          next_state <= LOAD_WAIT;
        end

        LOAD_WAIT: begin
          if (wait_counter==6'd1) begin
            next_state <= LOAD_END;
            wait_counter <=6'd0;
          end
          else begin
          wait_counter <= wait_counter + 1;
          end
        end

        LOAD_END: begin
          iord <= 1'b0;
          write_mem <= 1'b0;
          ir_write <= 1'b0;
          alu_srca <= 2'b00;
          alu_srcb <= 2'b00;
          alu_op <= 3'b000;
          pc_src <= 3'b001;

          pc_write <= 1'b0;
          mult_ctrl <= 1'b0;
          div_ctrl <= 1'b0;
          reg_write <= 1'b0;
          epc_write <= 1'b0;
          pc_write_cond <= 1'b0;
          hi_ctrl <= 1'b0;
          lo_ctrl <= 1'b0;
          load_type <= 2'b00;
          store_type <= 2'b00;
          branch_type <= 2'b00;
          shift_srca <= 2'b00;
          shift_srcb <= 2'b00;
          reg_dst <= 3'b000;
          shift <= 3'b000;
          mem_to_reg <= 4'b0000;
          alu_out_write <=1'b0;

          mem_to_reg <= 4'b0001;
          reg_dst <= 3'b000;
          reg_write <= 1'b1;
          next_state <= FETCH;
        end

        LOAD_BEFORE_STORE: begin
          iord <= 1'b0;
          write_mem <= 1'b0;
          ir_write <= 1'b0;
          alu_srca <= 2'b00;
          alu_srcb <= 2'b00;
          alu_op <= 3'b000;
          pc_src <= 3'b001;

          pc_write <= 1'b0;
          mult_ctrl <= 1'b0;
          div_ctrl <= 1'b0;
          reg_write <= 1'b0;
          epc_write <= 1'b0;
          pc_write_cond <= 1'b0;
          hi_ctrl <= 1'b0;
          lo_ctrl <= 1'b0;
          load_type <= 2'b0;
          store_type <= 2'b0;
          branch_type <= 2'b0;
          shift_srca <= 2'b0;
          shift_srcb <= 2'b0;
          reg_dst <= 3'b0;
          shift <= 3'b0;
          mem_to_reg <= 4'b0;
          alu_out_write <=1'b0;

          iord <= 3'b101;
          write_mem <= 1'b0;
          load_type <= 2'b10;
          next_state <= LOAD_BEFORE_STORE_WAIT;
          
        end

        LOAD_BEFORE_STORE_WAIT: begin

          case(opcode)
            OPCODE_SB: begin
              next_state <= SB;
            end
            OPCODE_SH: begin
              next_state <= SH;
            end
            OPCODE_SW: begin
              next_state <= SW;
            end
          endcase

        end

        SB: begin
          iord <= 1'b0;
          write_mem <= 1'b0;
          ir_write <= 1'b0;
          alu_srca <= 2'b00;
          alu_srcb <= 2'b00;
          alu_op <= 3'b000;
          pc_src <= 3'b001;

          pc_write <= 1'b0;
          mult_ctrl <= 1'b0;
          div_ctrl <= 1'b0;
          reg_write <= 1'b0;
          epc_write <= 1'b0;
          pc_write_cond <= 1'b0;
          hi_ctrl <= 1'b0;
          lo_ctrl <= 1'b0;
          load_type <= 2'b0;
          store_type <= 2'b0;
          branch_type <= 2'b0;
          shift_srca <= 2'b0;
          shift_srcb <= 2'b0;
          reg_dst <= 3'b0;
          shift <= 3'b0;
          mem_to_reg <= 4'b0;
          alu_out_write <=1'b0;

          iord <= 3'b101;
          write_mem <= 1'b1;
          store_type <= 2'b00;
          next_state <= STORE_WAIT;
        end

        SH: begin
          iord <= 1'b0;
          write_mem <= 1'b0;
          ir_write <= 1'b0;
          alu_srca <= 2'b00;
          alu_srcb <= 2'b00;
          alu_op <= 3'b000;
          pc_src <= 3'b001;

          pc_write <= 1'b0;
          mult_ctrl <= 1'b0;
          div_ctrl <= 1'b0;
          reg_write <= 1'b0;
          epc_write <= 1'b0;
          pc_write_cond <= 1'b0;
          hi_ctrl <= 1'b0;
          lo_ctrl <= 1'b0;
          load_type <= 2'b0;
          store_type <= 2'b0;
          branch_type <= 2'b0;
          shift_srca <= 2'b0;
          shift_srcb <= 2'b0;
          reg_dst <= 3'b0;
          shift <= 3'b0;
          mem_to_reg <= 4'b0;
          alu_out_write <=1'b0;

          iord <= 3'b101;
          write_mem <= 1'b1;
          store_type <= 2'b01;
          next_state <= STORE_WAIT;
        end

        SW: begin
          iord <= 1'b0;
          write_mem <= 1'b0;
          ir_write <= 1'b0;
          alu_srca <= 2'b00;
          alu_srcb <= 2'b00;
          alu_op <= 3'b000;
          pc_src <= 3'b001;

          pc_write <= 1'b0;
          mult_ctrl <= 1'b0;
          div_ctrl <= 1'b0;
          reg_write <= 1'b0;
          epc_write <= 1'b0;
          pc_write_cond <= 1'b0;
          hi_ctrl <= 1'b0;
          lo_ctrl <= 1'b0;
          load_type <= 2'b0;
          store_type <= 2'b0;
          branch_type <= 2'b0;
          shift_srca <= 2'b0;
          shift_srcb <= 2'b0;
          reg_dst <= 3'b0;
          shift <= 3'b0;
          mem_to_reg <= 4'b0;
          alu_out_write <=1'b0;

          iord <= 3'b101;
          write_mem <= 1'b1;
          store_type <= 2'b10;
          next_state <= STORE_WAIT;
        end

        STORE_WAIT: begin
          next_state <= FETCH;
        end

        //J type instructions execute
        J: begin
          iord <= 1'b0;
          write_mem <= 1'b0;
          ir_write <= 1'b0;
          alu_srca <= 2'b0;
          alu_srcb <= 2'b0;
          alu_op <= 3'b0;
          pc_src <= 3'b0;
          pc_write <= 1'b0;
          mult_ctrl <= 1'b0;
          div_ctrl <= 1'b0;
          reg_write <= 1'b0;
          epc_write <= 1'b0;
          pc_write_cond <= 1'b0;
          hi_ctrl <= 1'b0;
          lo_ctrl <= 1'b0;
          load_type <= 2'b0;
          store_type <= 2'b0;
          branch_type <= 2'b0;
          reg_dst <= 3'b0;
          mem_to_reg <= 4'b0;
          shift_srca <= 2'b0;
          shift_srcb <= 2'b0;
          shift <= 3'b0;
          alu_out_write <=1'b0;

          pc_src <= 3'b101;
          pc_write <= 1'b1;
          next_state <= FETCH;
        end

        JAL: begin
          iord <= 1'b0;
          write_mem <= 1'b0;
          ir_write <= 1'b0;
          alu_srca <= 2'b0;
          alu_srcb <= 2'b0;
          alu_op <= 3'b0;
          pc_src <= 3'b0;
          pc_write <= 1'b0;
          mult_ctrl <= 1'b0;
          div_ctrl <= 1'b0;
          reg_write <= 1'b0;
          epc_write <= 1'b0;
          pc_write_cond <= 1'b0;
          hi_ctrl <= 1'b0;
          lo_ctrl <= 1'b0;
          load_type <= 2'b0;
          store_type <= 2'b0;
          branch_type <= 2'b0;
          reg_dst <= 3'b0;
          mem_to_reg <= 4'b0;
          shift_srca <= 2'b0;
          shift_srcb <= 2'b0;
          shift <= 3'b0;
          alu_out_write <=1'b0;

          mem_to_reg <= 4'b0010;
          reg_dst <= 3'b010;
          reg_write <= 1'b1;
          pc_src <= 3'b101;
          pc_write <= 1'b1;
          next_state <= FETCH;
        end

        EXCEPTION: begin
          iord <= 1'b0;
          write_mem <= 1'b0;
          ir_write <= 1'b0;
          alu_srca <= 2'b0;
          alu_srcb <= 2'b0;
          alu_op <= 3'b0;
          pc_src <= 3'b0;
          pc_write <= 1'b0;
          mult_ctrl <= 1'b0;
          div_ctrl <= 1'b0;
          reg_write <= 1'b0;
          epc_write <= 1'b0;
          pc_write_cond <= 1'b0;
          hi_ctrl <= 1'b0;
          lo_ctrl <= 1'b0;
          load_type <= 2'b0;
          store_type <= 2'b0;
          branch_type <= 2'b0;
          reg_dst <= 3'b0;
          mem_to_reg <= 4'b0;
          shift_srca <= 2'b0;
          shift_srcb <= 2'b0;
          shift <= 3'b0;
          alu_out_write <=1'b0;

          alu_srca <= 2'b00;
          alu_srcb <= 2'b01;
          alu_op <= 3'b010;
          alu_out_write <=1'b1;

          epc_write <= 1'b1;

          if(overflow_ctrl == 1'b1) begin
            next_state <= OVERFLOW;
          end
          else if (div_zero_ctrl == 1'b1) begin
            next_state <= DIV_ZERO;
          end
          else if (opcode_inex == 1'b1) begin
            next_state <= OPCODE_INEX;
          end
        end

        OVERFLOW: begin
          iord <= 1'b0;
          write_mem <= 1'b0;
          ir_write <= 1'b0;
          alu_srca <= 2'b0;
          alu_srcb <= 2'b0;
          alu_op <= 3'b0;
          pc_src <= 3'b0;
          pc_write <= 1'b0;
          mult_ctrl <= 1'b0;
          div_ctrl <= 1'b0;
          reg_write <= 1'b0;
          epc_write <= 1'b0;
          pc_write_cond <= 1'b0;
          hi_ctrl <= 1'b0;
          lo_ctrl <= 1'b0;
          load_type <= 2'b0;
          store_type <= 2'b0;
          branch_type <= 2'b0;
          reg_dst <= 3'b0;
          mem_to_reg <= 4'b0;
          shift_srca <= 2'b0;
          shift_srcb <= 2'b0;
          shift <= 3'b0;
          alu_out_write <=1'b0;

          iord <= 3'b011;
          write_mem <= 1'b0;
          overflow_ctrl <= 1'b0;
          next_state <= EXCEPTION_WAIT;
        end

        DIV_ZERO: begin
          iord <= 1'b0;
          write_mem <= 1'b0;
          ir_write <= 1'b0;
          alu_srca <= 2'b0;
          alu_srcb <= 2'b0;
          alu_op <= 3'b0;
          pc_src <= 3'b0;
          pc_write <= 1'b0;
          mult_ctrl <= 1'b0;
          div_ctrl <= 1'b0;
          reg_write <= 1'b0;
          epc_write <= 1'b0;
          pc_write_cond <= 1'b0;
          hi_ctrl <= 1'b0;
          lo_ctrl <= 1'b0;
          load_type <= 2'b0;
          store_type <= 2'b0;
          branch_type <= 2'b0;
          reg_dst <= 3'b0;
          mem_to_reg <= 4'b0;
          shift_srca <= 2'b0;
          shift_srcb <= 2'b0;
          shift <= 3'b0;
          alu_out_write <=1'b0;

          div_zero_ctrl <= 1'b0;

          iord <= 3'b100;
          write_mem <= 1'b0;
          next_state <= EXCEPTION_WAIT;
        end

        OPCODE_INEX: begin
          iord <= 1'b0;
          write_mem <= 1'b0;
          ir_write <= 1'b0;
          alu_srca <= 2'b00;
          alu_srcb <= 2'b00;
          alu_op <= 3'b000;
          pc_src <= 3'b001;

          pc_write <= 1'b0;
          mult_ctrl <= 1'b0;
          div_ctrl <= 1'b0;
          reg_write <= 1'b0;
          epc_write <= 1'b0;
          pc_write_cond <= 1'b0;
          hi_ctrl <= 1'b0;
          lo_ctrl <= 1'b0;
          load_type <= 2'b0;
          store_type <= 2'b0;
          branch_type <= 2'b0;
          shift_srca <= 2'b0;
          shift_srcb <= 2'b0;
          reg_dst <= 3'b0;
          shift <= 3'b0;
          mem_to_reg <= 4'b0;
          alu_out_write <=1'b0;

          opcode_inex <= 1'b0;


          iord <= 3'b010;
          write_mem <= 1'b0;
          next_state <= EXCEPTION_WAIT;
        end

        EXCEPTION_WAIT: begin
          next_state <= EXCEPTION_END;
        end

        EXCEPTION_END: begin
          iord <= 1'b0;
          write_mem <= 1'b0;
          ir_write <= 1'b0;
          alu_srca <= 2'b00;
          alu_srcb <= 2'b00;
          alu_op <= 3'b000;
          pc_src <= 3'b001;

          pc_write <= 1'b0;
          mult_ctrl <= 1'b0;
          div_ctrl <= 1'b0;
          reg_write <= 1'b0;
          epc_write <= 1'b0;
          pc_write_cond <= 1'b0;
          hi_ctrl <= 1'b0;
          lo_ctrl <= 1'b0;
          load_type <= 2'b0;
          store_type <= 2'b0;
          branch_type <= 2'b0;
          shift_srca <= 2'b0;
          shift_srcb <= 2'b0;
          reg_dst <= 3'b0;
          shift <= 3'b0;
          mem_to_reg <= 4'b0;
          alu_out_write <=1'b0;

          pc_src <= 3'b000;
          pc_write <= 1'b1;
          next_state <= FETCH;
        end

        default: begin
          iord <= 1'b0;
          write_mem <= 1'b0;
          ir_write <= 1'b0;
          alu_srca <= 2'b00;
          alu_srcb <= 2'b00;
          alu_op <= 3'b000;
          pc_src <= 3'b001;

          pc_write <= 1'b0;
          mult_ctrl <= 1'b0;
          div_ctrl <= 1'b0;
          reg_write <= 1'b0;
          epc_write <= 1'b0;
          pc_write_cond <= 1'b0;
          hi_ctrl <= 1'b0;
          lo_ctrl <= 1'b0;
          load_type <= 2'b0;
          store_type <= 2'b0;
          branch_type <= 2'b0;
          shift_srca <= 2'b0;
          shift_srcb <= 2'b0;
          reg_dst <= 3'b0;
          shift <= 3'b0;
          mem_to_reg <= 4'b0;
          alu_out_write <=1'b0;


          ir_write <= 1'b0;
          alu_srca <= 2'b00;
          alu_srcb <= 2'b01;
          alu_op <= 3'b001;
          alu_out_write <=1'b1;
          pc_src <= 3'b001;
          pc_write <= 1'b0;
          
        
          reg_dst <= 3'b100;
          mem_to_reg <= 4'b0110;
          reg_write <= 1'b1;
          next_state <= FETCH_WAIT;
        end

      endcase
      end 
    end
endmodule